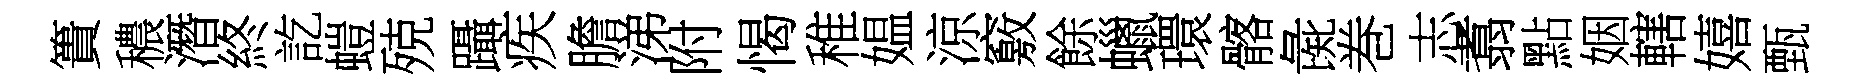
簣穠潛終訖螘殑躡疾膽涕附愒稚媪涼竅餘蠟環髂彘巻志翥點姻轄嬉甄